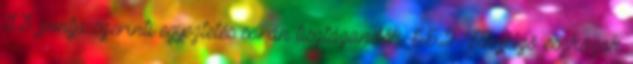
3.3. pontja szerinti egyeztetés során tisztázandók. 5.5.2. Fényjelzõ eszközök